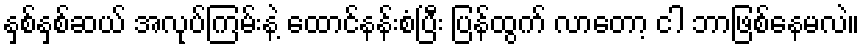
နှစ်နှစ်ဆယ် အလုပ်ကြမ်းနဲ့ ထောင်နန်းစံပြီး ပြန်ထွက် လာတော့ ငါ ဘာဖြစ်နေမလဲ။